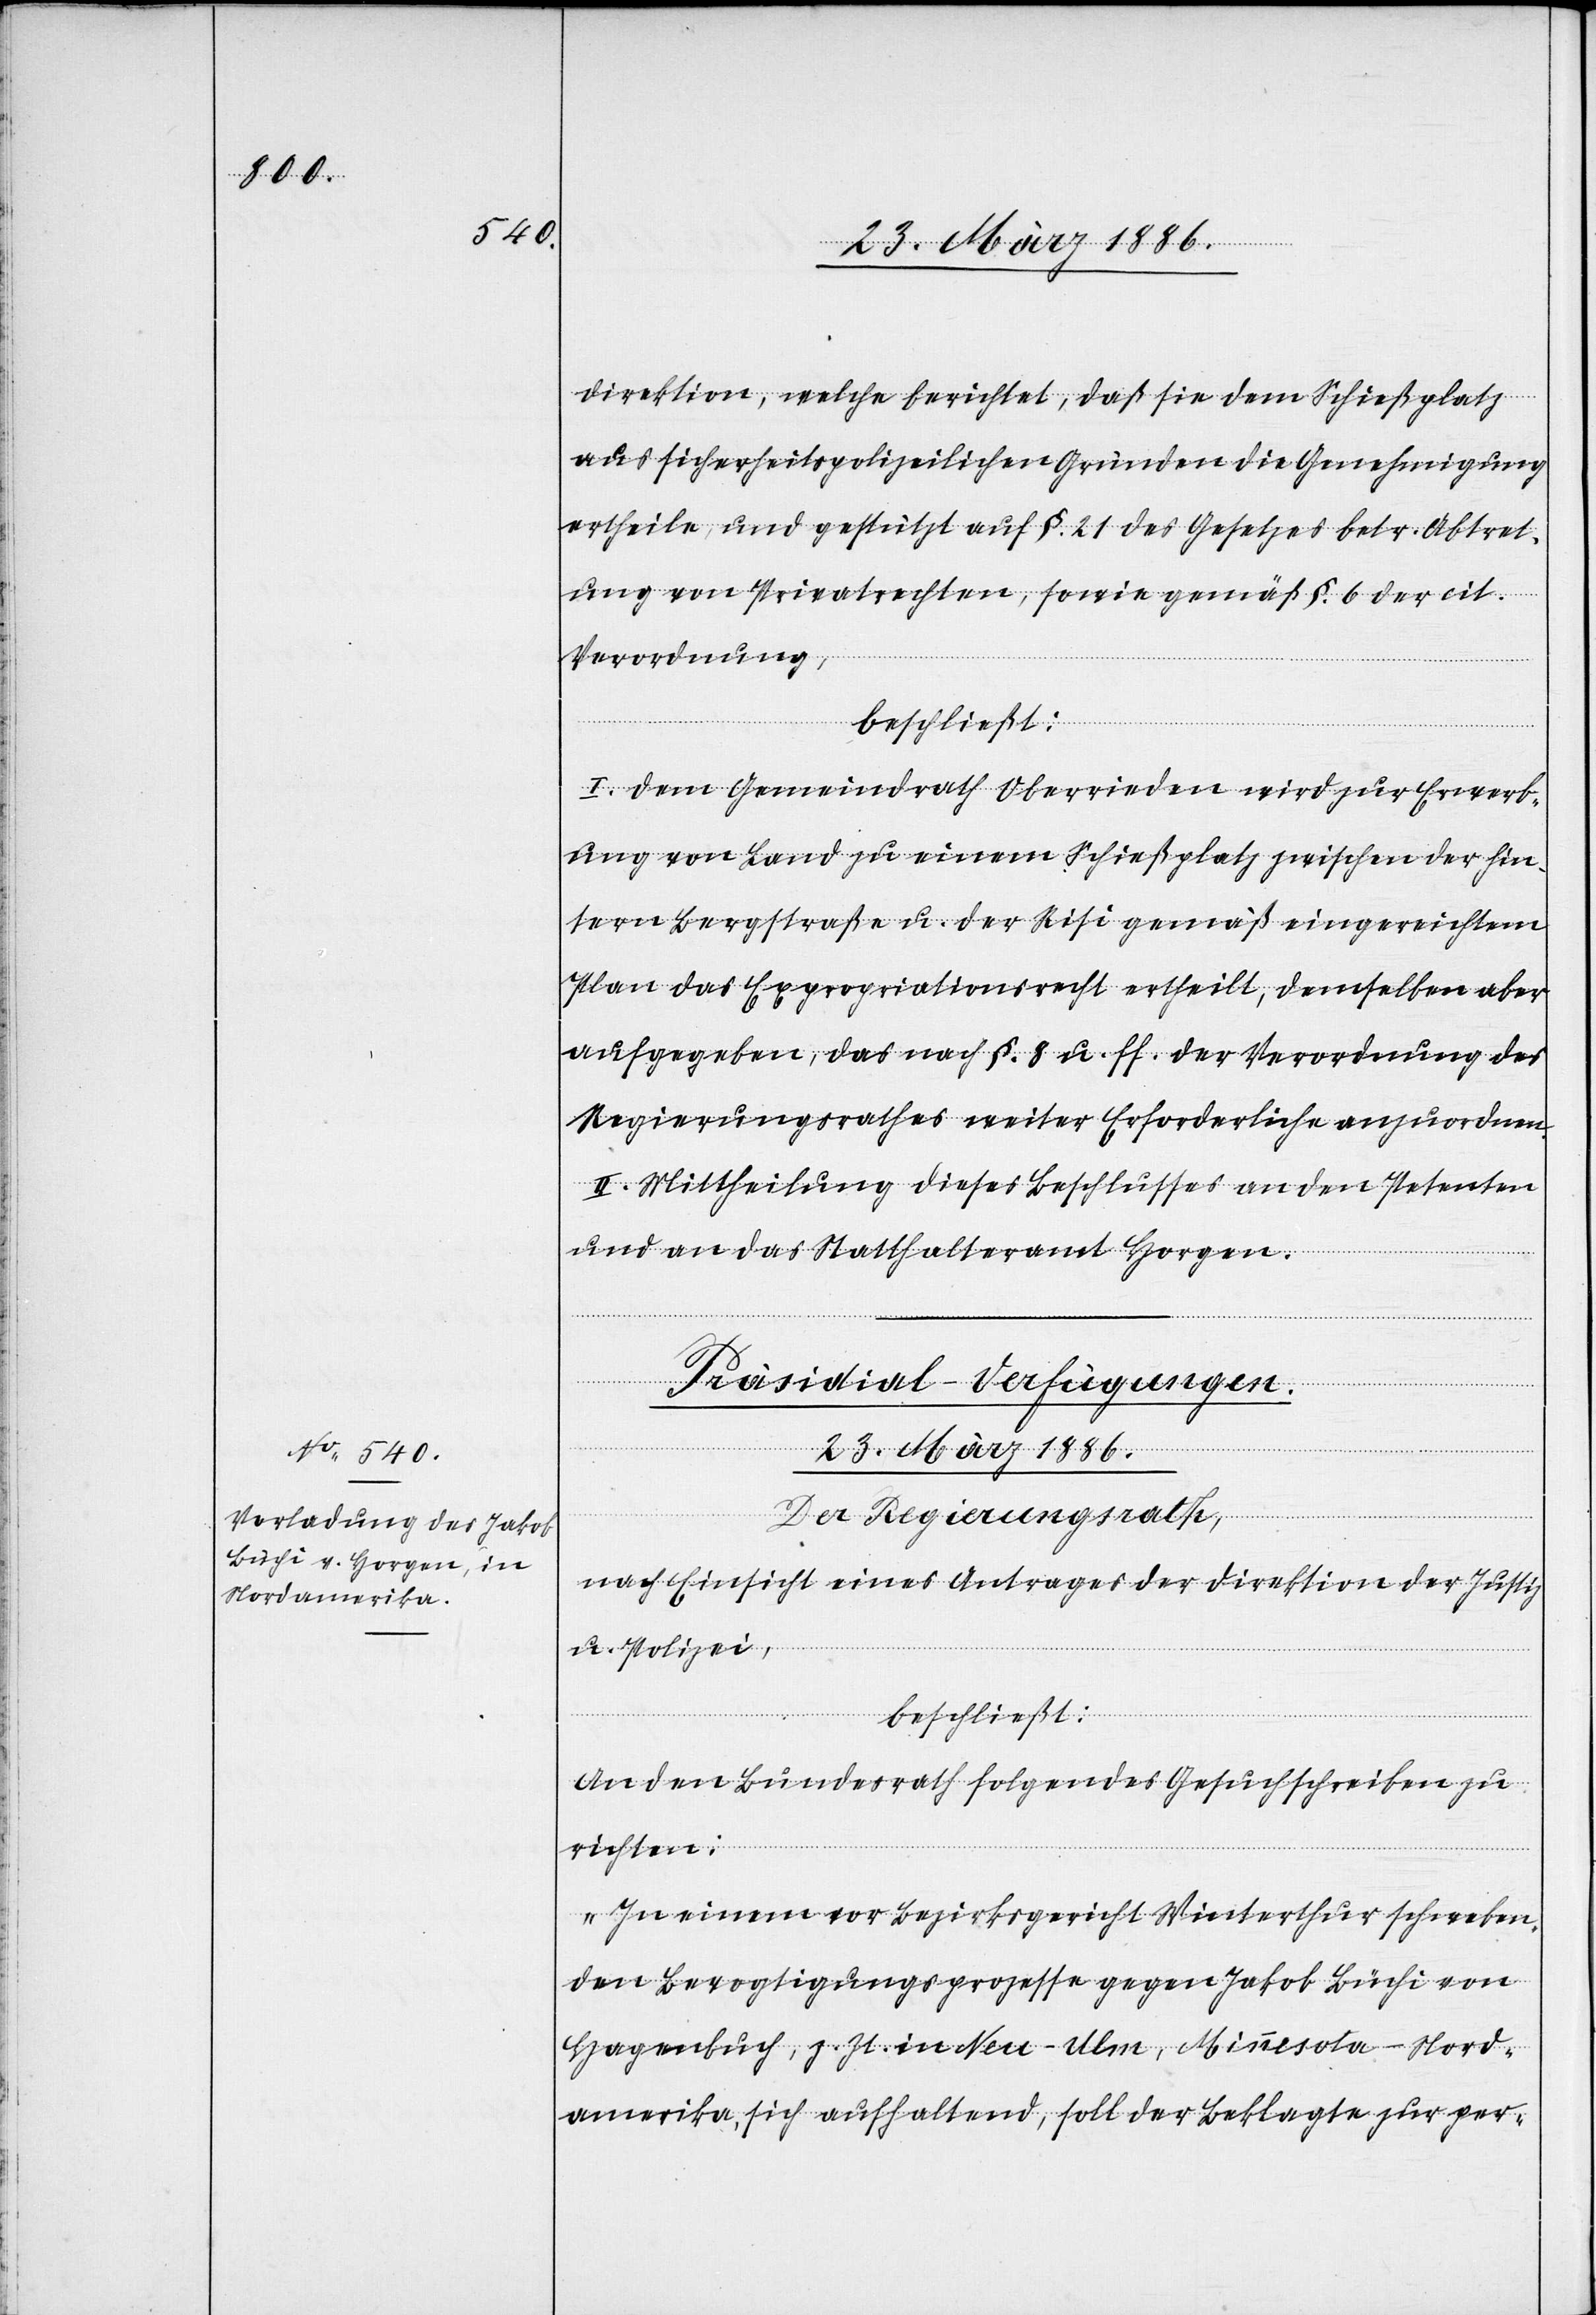
direktion, welche berichtet, daß sie dem Schießplatz
aus sicherheitspolizeilichen Gründen die Genehmigung
ertheile, und gestützt auf §. 21 des Gesetzes betr. Abtret¬
ung von Privatrechten, sowie gemäß §. 6 der cit.
Verordnung,
beschließt:
I. Dem Gemeindrath Oberrieden wird zur Erwerb¬
ung von Land zu einem Schießplatz zwischen der hin¬
tern Bergstraße u. der Risi gemäß eingereichtem
Plan das Expropriationsrecht ertheilt, demselben aber
aufgegeben, das nach §. 8 u. ff. der Verordnung des
Regierungsrathes weiter Erforderliche anzuordnen.
II. Mitteilung dieses Beschlusses an den Petenten
und an das Statthalteramt Horgen.
Präsidial-Verfügungen.
23. März 1886.
Der Regierungsrath,
nach Einsicht eines Antrages der Direktion der Justi¬
z
u. Polizei,
beschließt:
An den Bundesrath folgendes Gesuchschreiben zu
richten:
„In einem vor Bezirksgericht Winterthur schweben¬
den Bevogtigungsprozesse gegen Jakob Büchi von
Hagenbuch, z. Zt. in Neu-Ulm, Minnesota - Nord¬
amerika, sich aufhaltend, soll der Beklagte zur per-